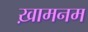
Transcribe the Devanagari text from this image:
ख़ामनम